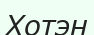
Хотэн